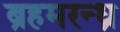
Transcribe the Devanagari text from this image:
ब्रहमरन्ध्र